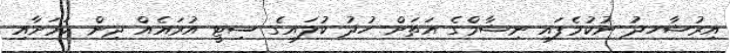
އިރުޝާހދު ނުކުމެފައި ނިޝާމްގެ އަތަށް ހުދު ކުލައިގެ ސިޓީ އުރައެއް ދިން ކަމަށާއި